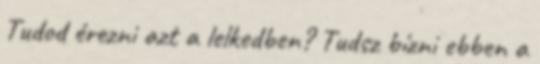
Tudod érezni azt a lelkedben? Tudsz bízni ebben a